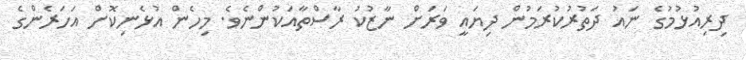
ދިރިއުޅުމުގެ ނައު ދަތުރުކުރަމުން ދިޔައީ ވަރަށް ނާޒުކު ރާސްތާއަކުންނެވެ. މިހެން އުޅެނިކޮށް އަހަރެންގެ